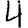
Digit: 4